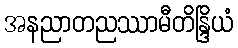
အနညာတညဿာမီတိန္ဒြိယံ